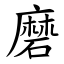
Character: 磨